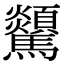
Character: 𩧔